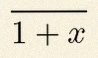
\frac{1}{1+x}